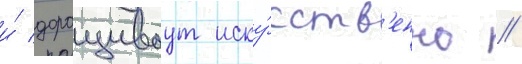
и́ доращиваут иску́сств'енно //